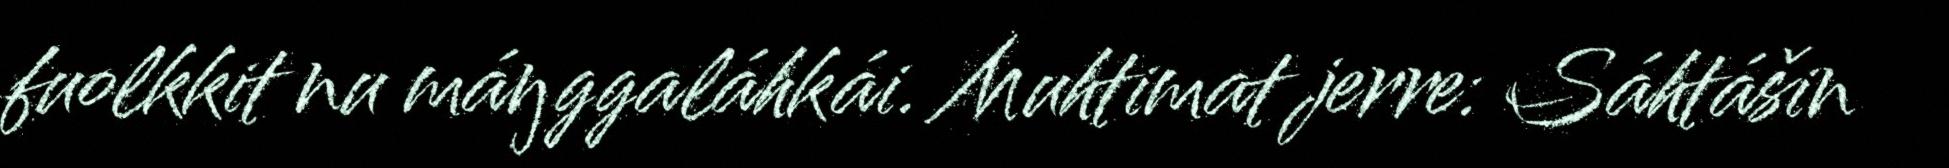
fuolkkit nu máŋggaláhkái. Muhtimat jerre: Sáhtášin